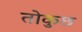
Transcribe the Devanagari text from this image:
तोकुछ